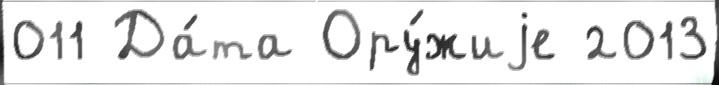
011 Да́та Ору́жиjе 2013